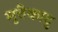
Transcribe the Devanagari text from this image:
मुत्तैकादु